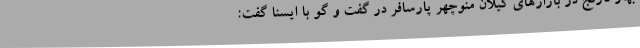
بهار نارنج در بازارهای گیلان منوچهر پارسافر در گفت و گو با ایسنا گفت: